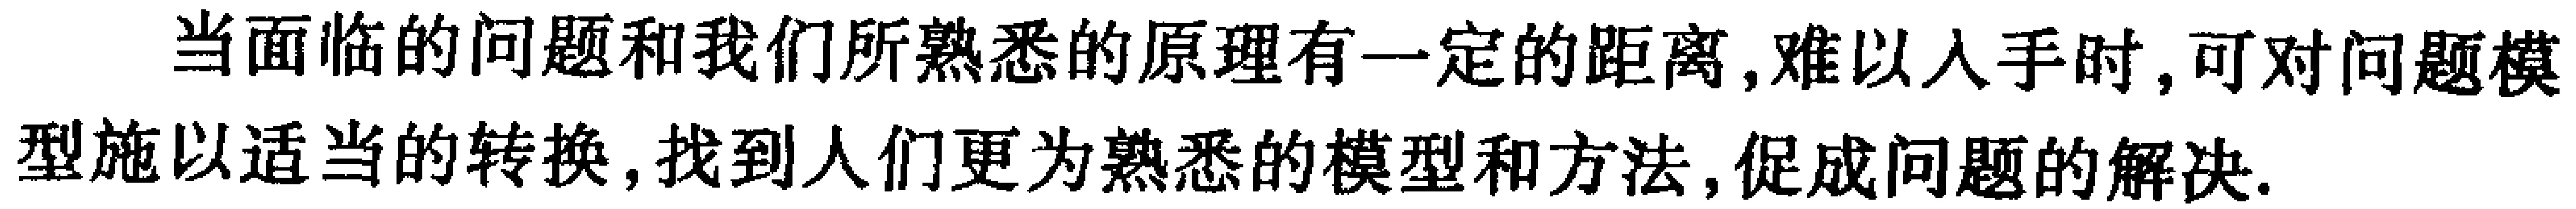
当面临的问题和我们所熟悉的原理有一定的距离,难以入手时,可对问题模型施以适当的转换,找到人们更为熟悉的模型和方法,促成问题的解决.